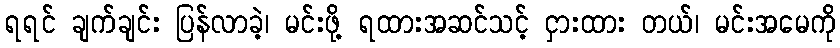
ရရင် ချက်ချင်း ပြန်လာခဲ့၊ မင်းဖို့ ရထားအဆင်သင့် ငှားထား တယ်၊ မင်းအမေကို